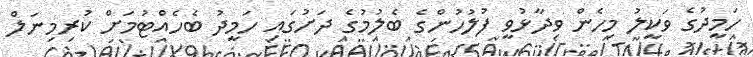
ހަމީދުގެ ވަކީލު މިހެން ވިދާޅުވީ ފުލުހުންގެ ބެލުމުގެ ދަށުގައި ހަމީދު ބެހެއްޓުމަށް ކުރިމިނަލް